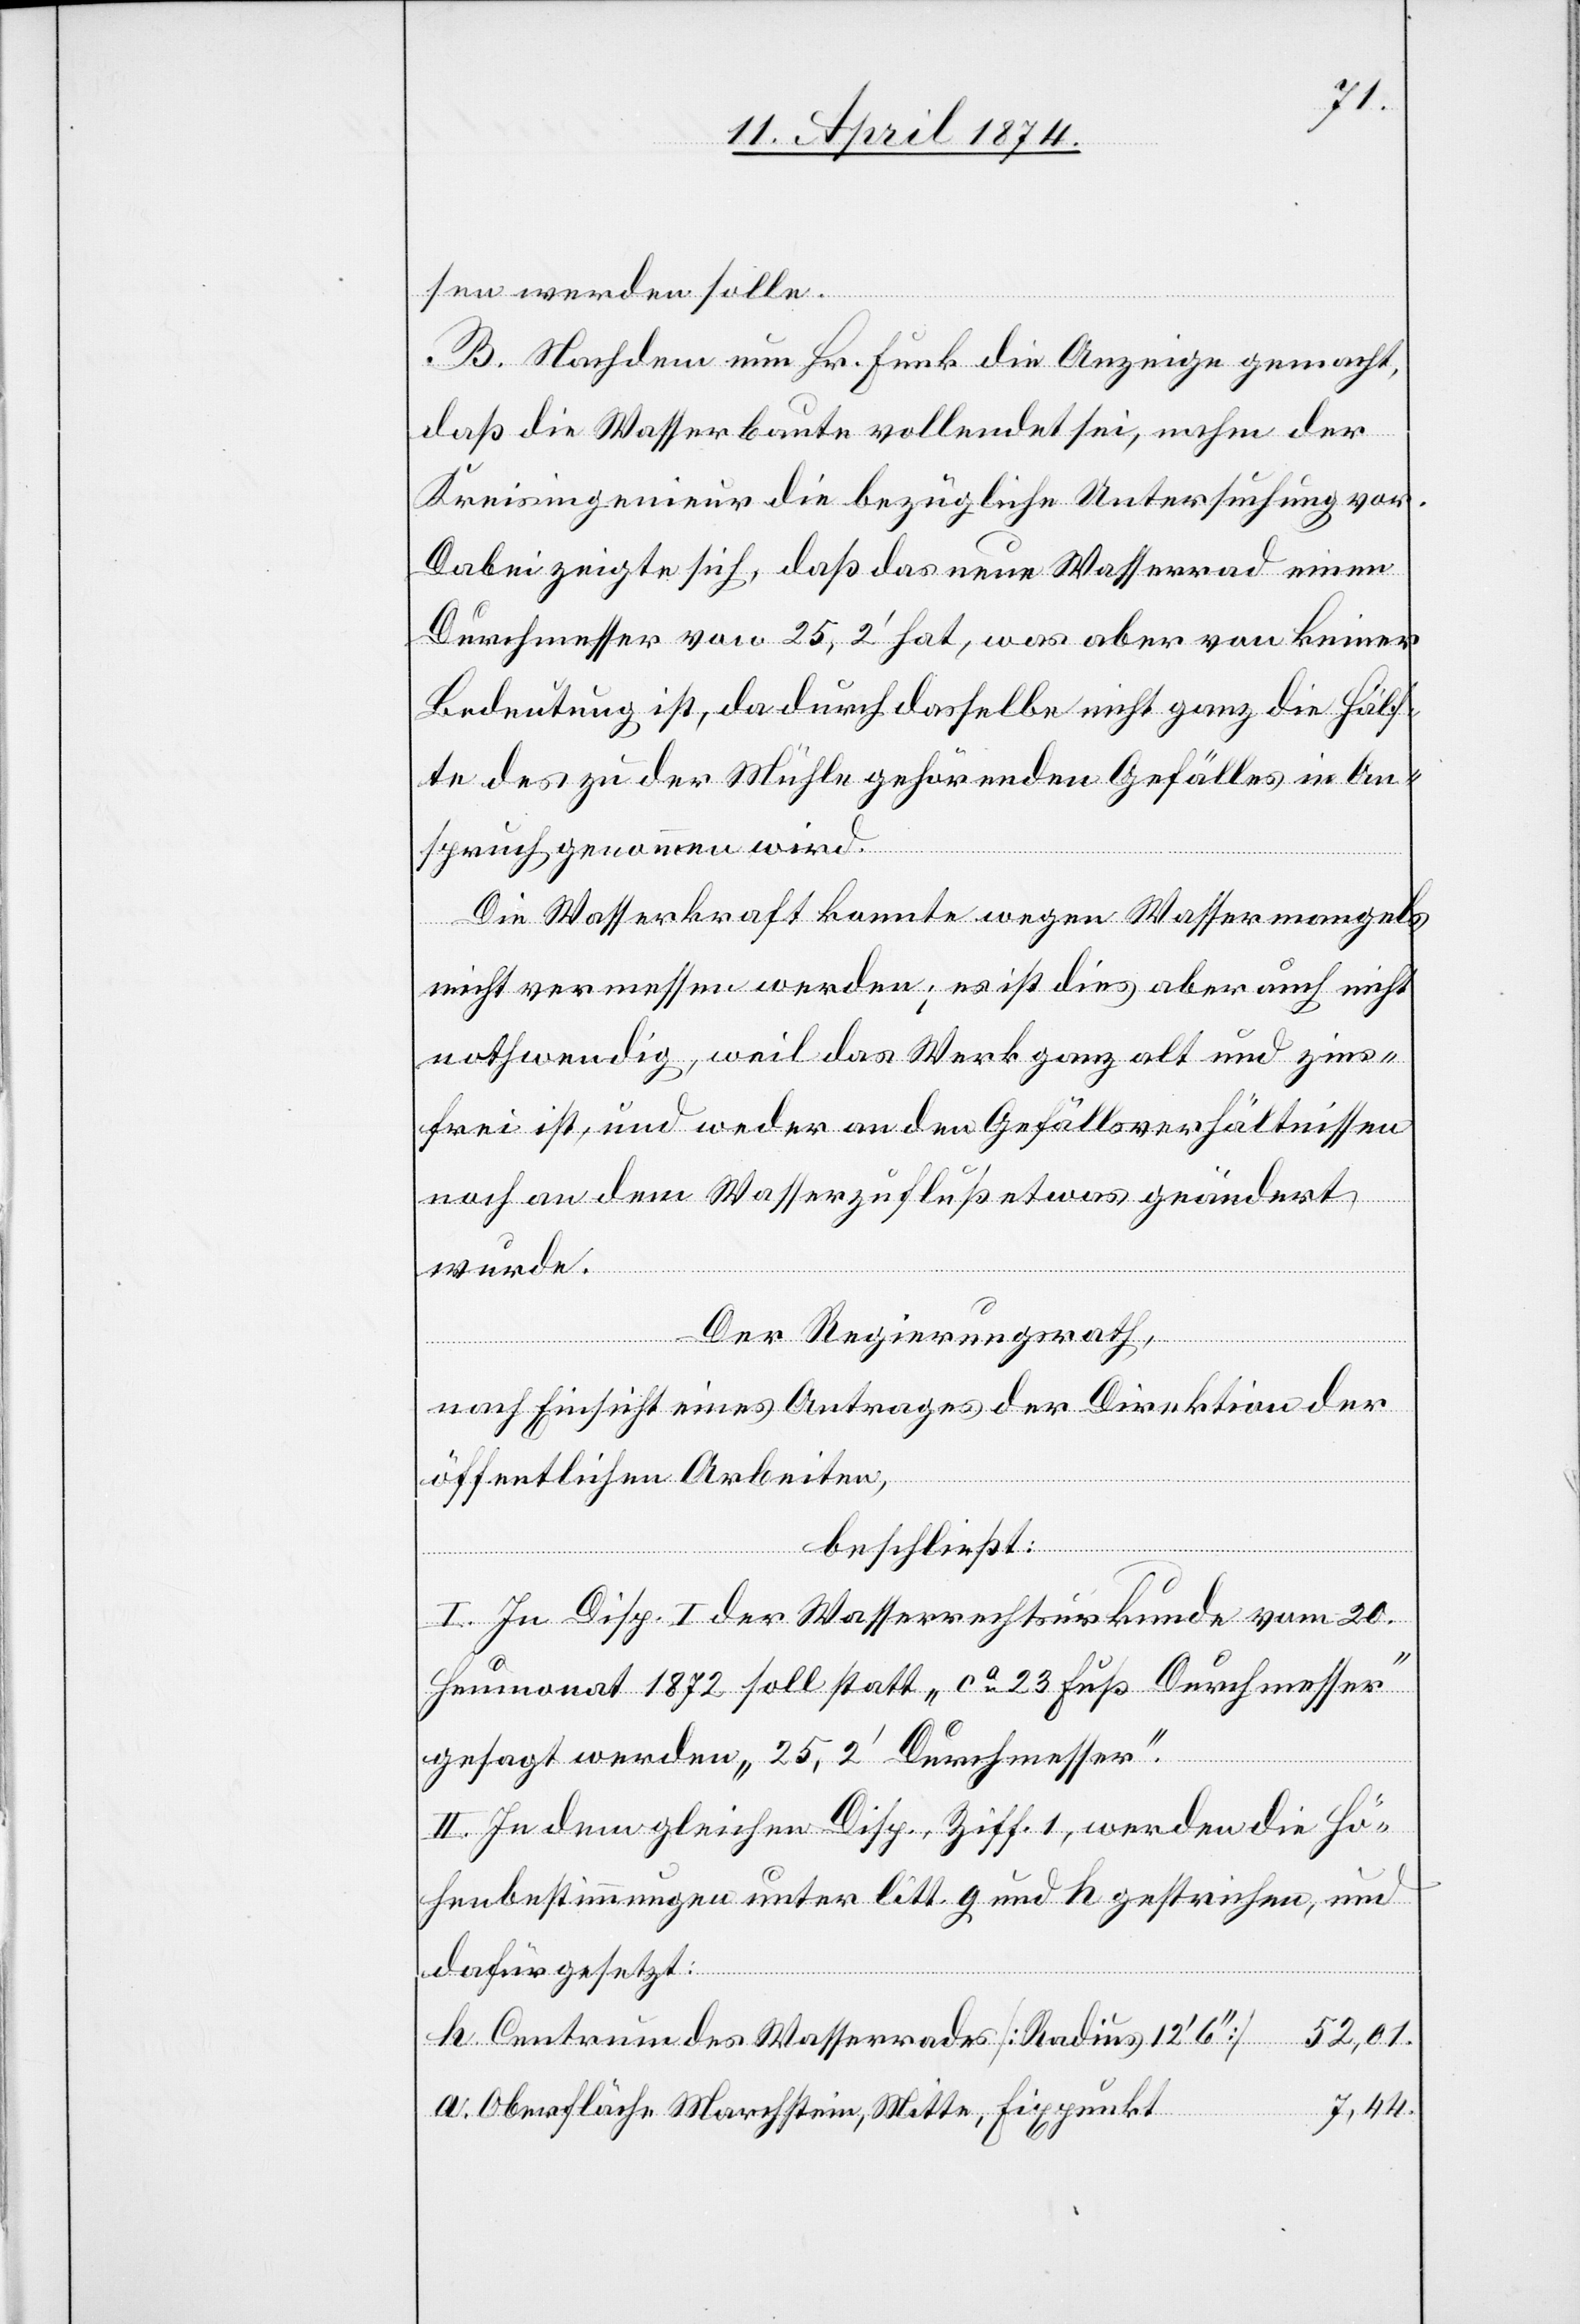
sen werden solle.
B. Nachdem nun Hr. Funk die Anzeige gemacht,
daß die Wasserbaute vollendet sei, nahm der
Kreisingenieur die bezügliche Untersuchung vor.
Dabei zeigte sich, daß das neue Wasserrad einen
Durchmesser von 25,2‘ hat, was aber von keiner
Bedeutung ist, da durch dasselbe nicht ganz die Hälf¬
te des zu der Mühle gehörenden Gefälles in An¬
spruch genommen wird.
Die Wasserkraft konnte wegen Wassermangels
nicht vermessen werden; es ist dies aber auch nicht
nothwendig, weil das Werk ganz alt und zins¬
frei ist, und weder an den Gefällsverhältnissen
noch an dem Wasserzufluß etwas geändert
wurde.
Der Regierungsrath,
nach Einsicht eines Antrages der Direktion der
öffentlichen Arbeiten,
beschließt:
I. In Disp. I der Wasserrechtsurkunde vom 20.
Heumonat 1872 soll statt „ca 23 Fuß Durchmesser“
gesagt werden „25,2‘ Durchmesser“.
II. In dem gleichen Disp. Ziff. 1, werden die Hö¬
henbestimmungen unter litt. g und h gestrichen, und
dafür gesetzt:
h Centrum des Wasserrades [Radius 12‘
7,44.
a Oberfläche Marchstein, Mitte, Fixpunkt